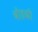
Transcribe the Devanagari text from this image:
बोडकी